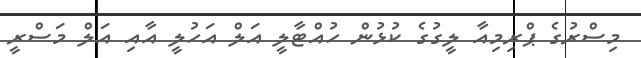
މިސްރުގެ ޕްރިމިއާ ލީގުގެ ކުޅުން ހުއްޓާލީ އަލް އަހުލީ އާއި އަލް މަސްރީ